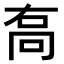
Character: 𠳮